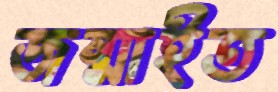
জন্মাইত